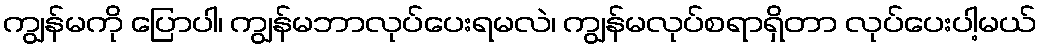
ကျွန်မကို ပြောပါ၊ ကျွန်မဘာလုပ်ပေးရမလဲ၊ ကျွန်မလုပ်စရာရှိတာ လုပ်ပေးပါ့မယ်